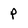
Character: p